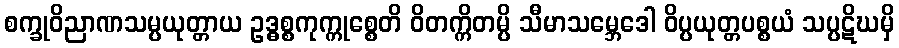
စက္ခုဝိညာဏသမ္ပယုတ္တာယ ဥဒ္ဓစ္စကုက္ကုစ္စေတိ ဝိတက္ကိတမ္ပိ သီမာသမ္ဘေဒေါ ဝိပ္ပယုတ္တပစ္စယံ သပ္ပဋိဃမှိ